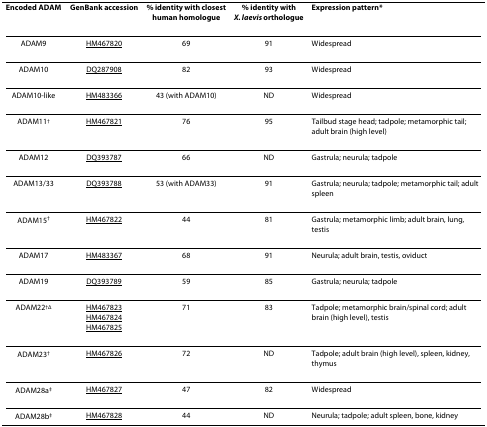
<table><thead><tr><td><b>Encoded ADAM</b></td><td><b>GenBank accession</b></td><td><b>% identity with closesthuman homologue</b></td><td><b>% identity with<i>X. laevis </i>orthologue</b></td><td><b>Expression pattern*</b></td></tr></thead><tbody><tr><td>ADAM9</td><td>HM467820</td><td>69</td><td>91</td><td>Widespread</td></tr><tr><td>ADAM10</td><td>DQ287908</td><td>82</td><td>93</td><td>Widespread</td></tr><tr><td>ADAM10-like</td><td>HM483366</td><td>43 (with ADAM10)</td><td>ND</td><td>Widespread</td></tr><tr><td>ADAM11<sup>†</sup></td><td>HM467821</td><td>76</td><td>95</td><td>Tailbud stage head; tadpole; metamorphic tail; adult brain (high level)</td></tr><tr><td>ADAM12</td><td>DQ393787</td><td>66</td><td>ND</td><td>Gastrula; neurula; tadpole</td></tr><tr><td>ADAM13/33</td><td>DQ393788</td><td>53 (with ADAM33)</td><td>91</td><td>Gastrula; neurula; tadpole; metamorphic tail; adult spleen</td></tr><tr><td>ADAM15<sup>†</sup></td><td>HM467822</td><td>44</td><td>81</td><td>Gastrula; metamorphic limb; adult brain, lung, testis</td></tr><tr><td>ADAM17</td><td>HM483367</td><td>68</td><td>91</td><td>Neurula; adult brain, testis, oviduct</td></tr><tr><td>ADAM19</td><td>DQ393789</td><td>59</td><td>85</td><td>Gastrula; neurula; tadpole</td></tr><tr><td>ADAM22<sup>†Δ</sup></td><td>HM467823HM467824HM467825</td><td>71</td><td>83</td><td>Tadpole; metamorphic brain/spinal cord; adult brain (high level), testis</td></tr><tr><td>ADAM23<sup>†</sup></td><td>HM467826</td><td>72</td><td>ND</td><td>Tadpole; adult brain (high level), spleen, kidney, thymus</td></tr><tr><td>ADAM28a<sup>‡</sup></td><td>HM467827</td><td>47</td><td>82</td><td>Widespread</td></tr><tr><td>ADAM28b<sup>‡</sup></td><td>HM467828</td><td>44</td><td>ND</td><td>Neurula; tadpole; adult spleen, bone, kidney</td></tr></tbody></table>